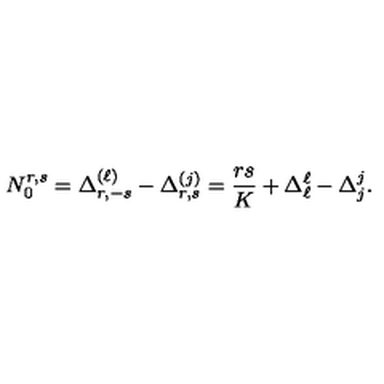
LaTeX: N _ { 0 } ^ { r , s } = \Delta _ { r , - s } ^ { ( \ell ) } - \Delta _ { r , s } ^ { ( j ) } = { \frac { r s } { K } } + \Delta _ { \ell } ^ { \ell } - \Delta _ { j } ^ { j } { } .